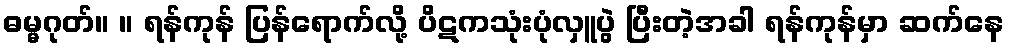
ဓမ္မဂုတ်။ ။ ရန်ကုန် ပြန်ရောက်လို့ ပိဋကသုံးပုံလှူပွဲ ပြီးတဲ့အခါ ရန်ကုန်မှာ ဆက်နေ